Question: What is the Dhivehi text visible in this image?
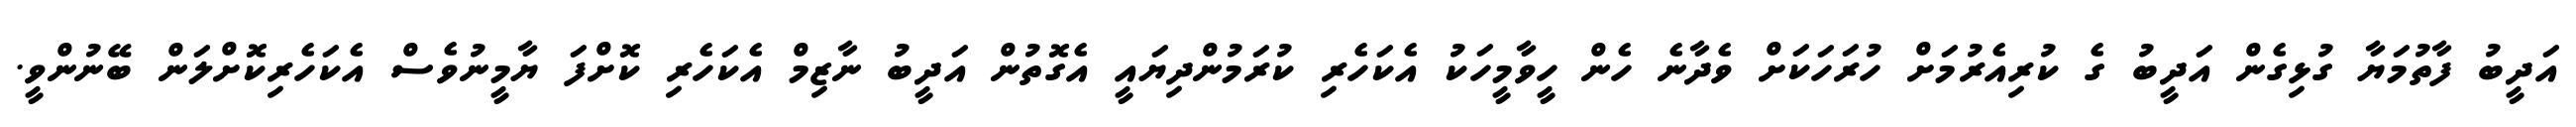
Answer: އަދީބު ފާތުމަޔާ ގުޅިގެން އަދީބު ގެ ކުރިއެރުމަށް ހުރަހަކަށް ވެދާނެ ހެން ހީވާމީހަކު އެކަހެރި ކުރަމުންދިޔައީ އެގޮތުން އަދީބު ނާޒިމް އެކަހެރި ކޮށްފަ ޔާމީނުވެސް އެކަހެރިކޮށްލަން ބޭނުންވީ.